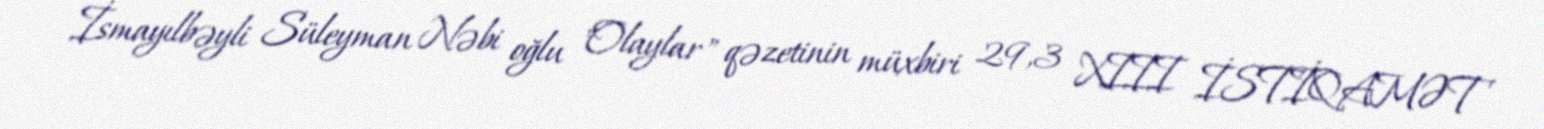
İsmayılbəyli Süleyman Nəbi oğlu "Olaylar" qəzetinin müxbiri 29,3 XIII İSTİQAMƏT